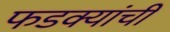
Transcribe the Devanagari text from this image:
फडक्यांची